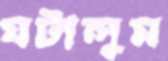
ঘটালুম